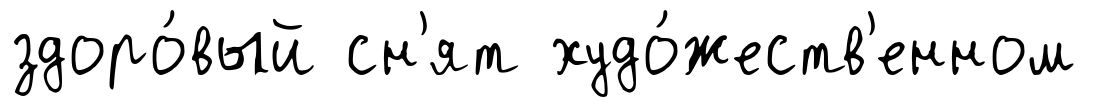
здоро́вый сн'ят худо́жеств'енном